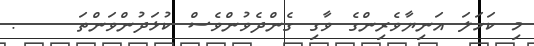
މި ކަހަލަ އަނިޔާވެރިންގެ ވާގި ގެންދެވުންވެސް ކުޅަދުންވަންތަ    .